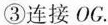
③连接OC.